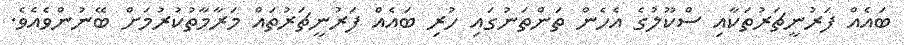
ބައެއް ފަރުނީޗަރުތަކާއި ސްކޫލުގެ އެހެން ތަންތަނުގައި ހުރި ބައެއް ފަރުނީޗަރުތައް މަރާމާތުކުރުމަށް ބޭނުންވެއެވެ.